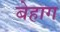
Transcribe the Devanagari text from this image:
बेहाग